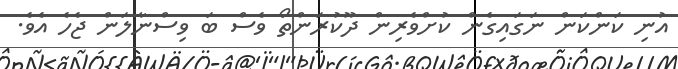
އުނި ކަންކަން ނަގައިގެން ކުށްވެރިން ދޫކުރަންތޯ ވެސް ބަ ވިސްނާލަން ޖެހެ އެވެ.